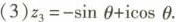
(3)z_{3}=-\sinθ+\icosθ.